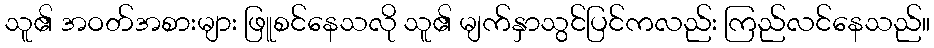
သူ၏ အဝတ်အစားများ ဖြူစင်နေသလို သူ၏ မျက်နှာသွင်ပြင်ကလည်း ကြည်လင်နေသည်။